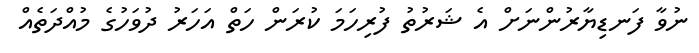
ނުވާ ފަނޑިޔާރުންނަށް އެ ޝަރުތު ފުރިހަމަ ކުރަން ހަތް އަހަރު ދުވަހުގެ މުއްދަތެއް